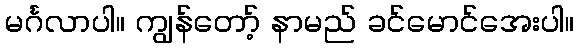
မင်္ဂလာပါ။ ကျွန်တော့် နာမည် ခင်မောင်အေးပါ။